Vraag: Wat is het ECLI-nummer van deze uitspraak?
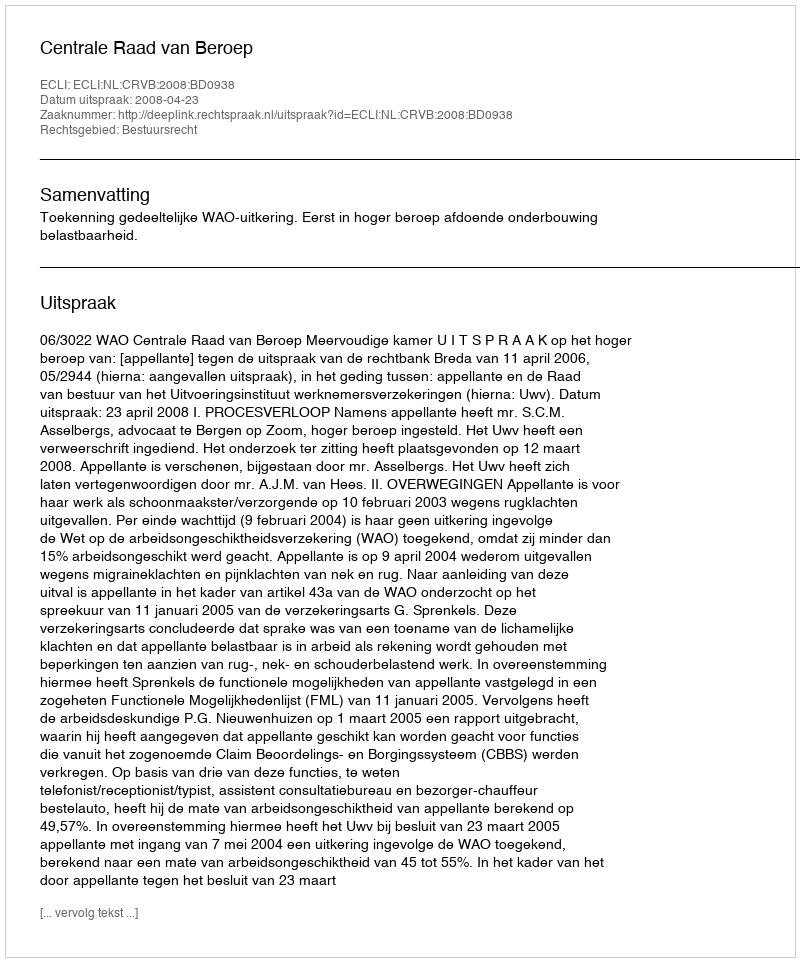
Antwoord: ECLI:NL:CRVB:2008:BD0938